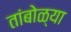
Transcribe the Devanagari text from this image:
तांबोळ्या